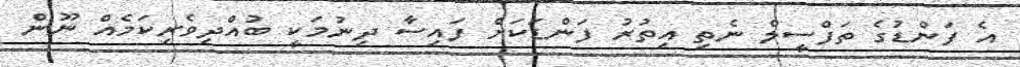
އެ ފަންޑުގެ ތަފްސީލް ނެތި އިތުރު ފަންޑަކަށް ފައިސާ ދިނުމަކީ ބުއްދިވެރިކަމެއް ނޫން